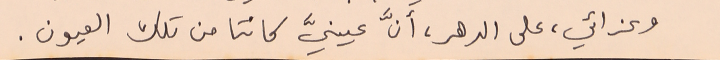
وعزائي، على الدهر، أنَّ عينيَّ كانتا من تلك العيون.